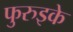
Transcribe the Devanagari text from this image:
फुरुइके